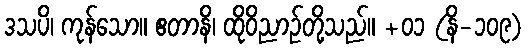
ဒသပိ၊ ကုန်သော။ ဧတာနိ၊ ထိုဝိညာဉ်တို့သည်။ +၀၁ (နိ-၁၀၉)